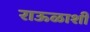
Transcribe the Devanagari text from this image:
राऊळाशी